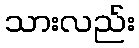
သားလည်း